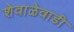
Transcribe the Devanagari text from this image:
शेवाळेवाडी